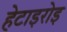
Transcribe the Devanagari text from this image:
हेटाइरोइ